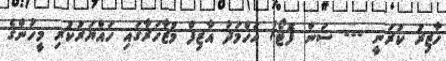
ހާޒިރު ކުރަނީ --- ސަން ފޮޓޯ/ އަހްމަދު އާޒިފް މުޒާހަރާގައި ހައްޔަރުކުރި މީހުންގެ